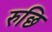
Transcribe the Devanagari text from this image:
रुछि